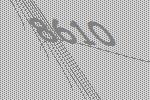
8610